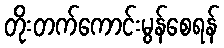
တိုးတက်ကောင်းမွန်စေရန်